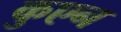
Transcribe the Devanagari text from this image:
कुएन